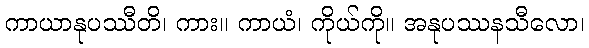
ကာယာနုပဿီတိ၊ ကား။ ကာယံ၊ ကိုယ်ကို။ အနုပဿနသီလော၊